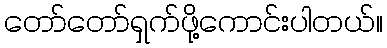
တော်တော်ရှက်ဖို့ကောင်းပါတယ်။